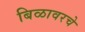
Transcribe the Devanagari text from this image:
बिळावरचे